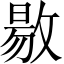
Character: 敭